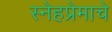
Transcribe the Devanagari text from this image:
स्नेहप्रेमाचे